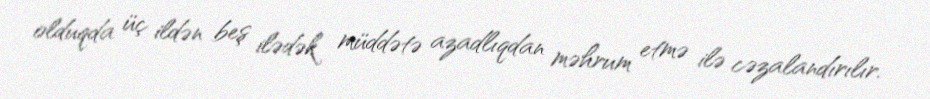
olduqda üç ildən beş ilədək müddətə azadlıqdan məhrum etmə ilə cəzalandırılır.